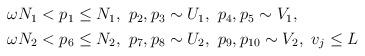
LaTeX: \begin{align*}\begin{aligned}&\omega N_{1}<p_{1}\leq N_{1},\ p_{2},p_{3}\sim U_{1},\ p_{4},p_{5}\sim V_{1},\\&\omega N_{2}<p_{6}\leq N_{2},\ p_{7},p_{8}\sim U_{2},\ p_{9},p_{10}\sim V_{2},\ v_{j}\leq L\end{aligned}\end{align*}